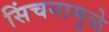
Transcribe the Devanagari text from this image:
सिंचनामुळे